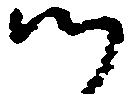
つ